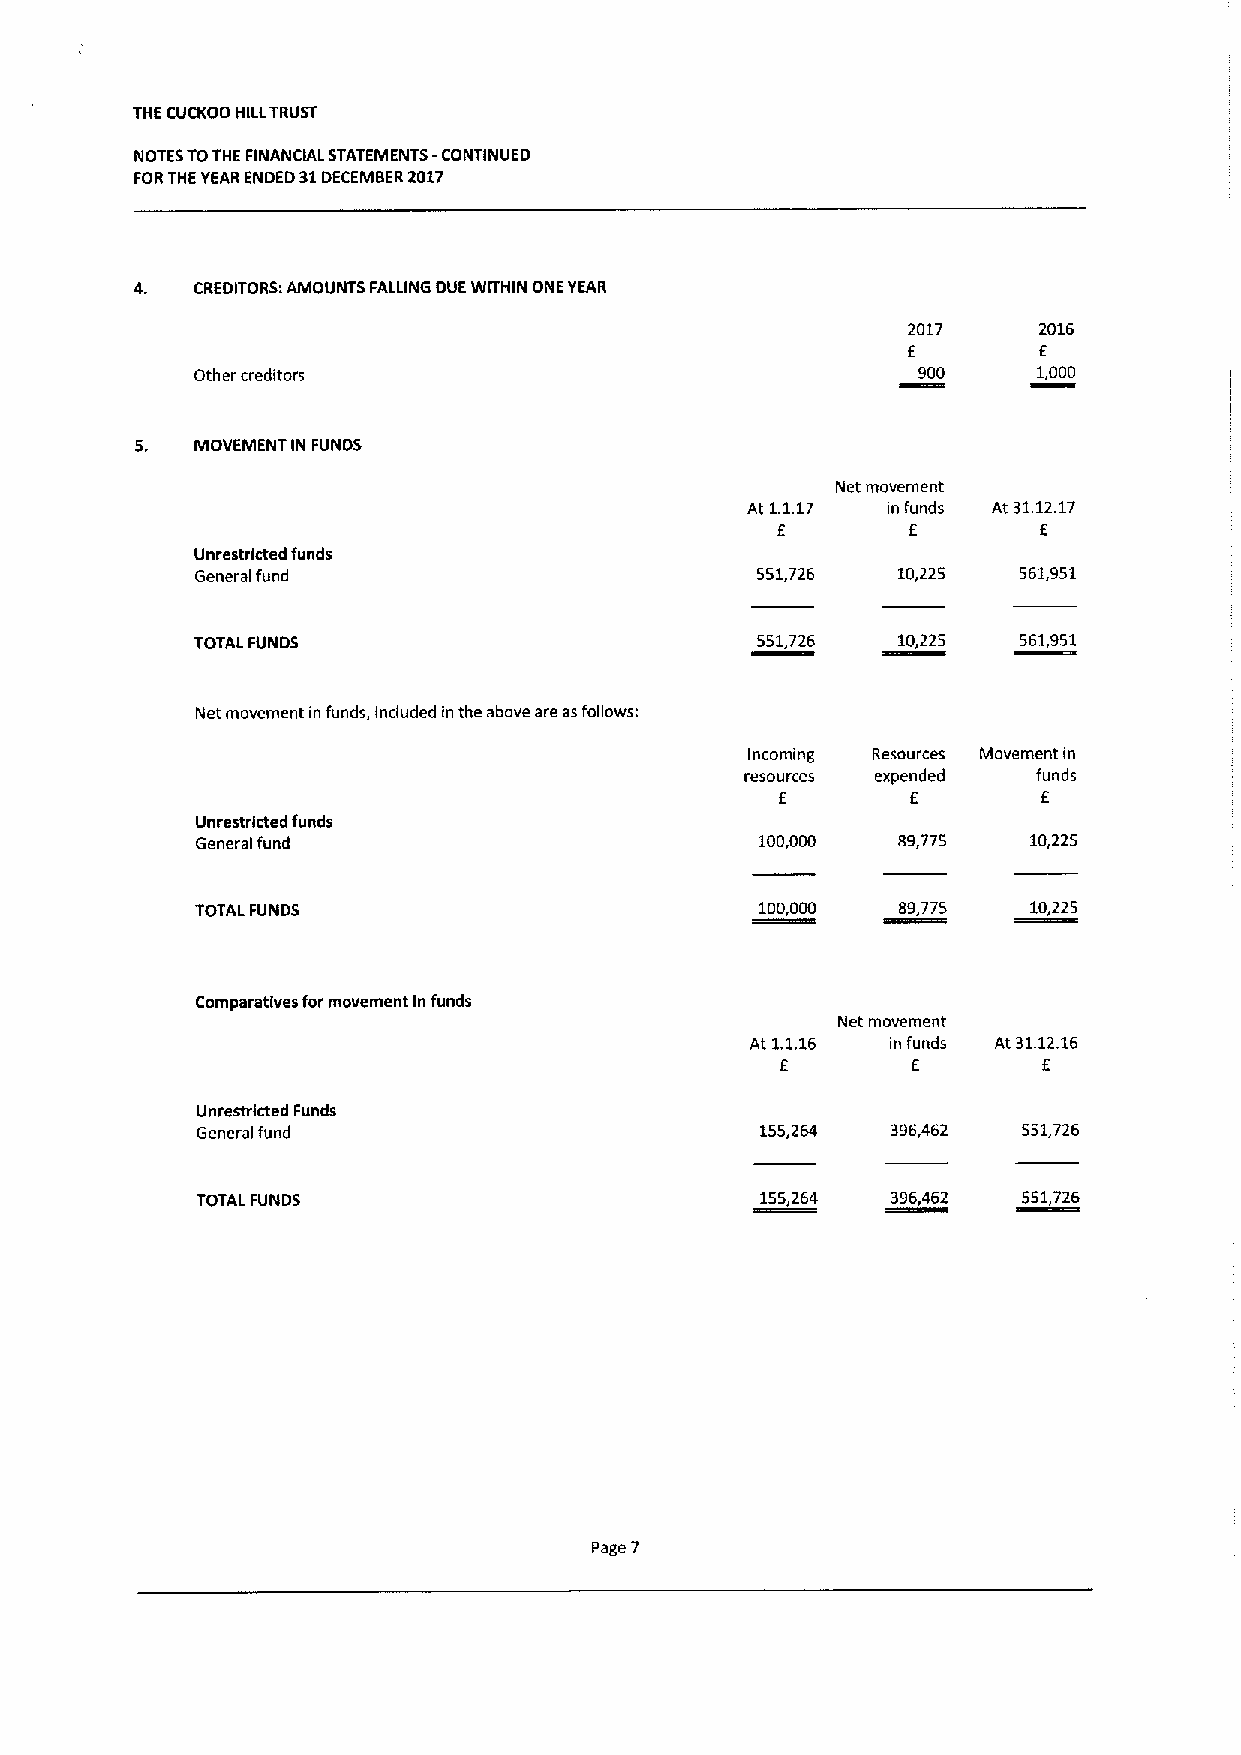
THE CUCKOO HILLTRUST
 NOTESTOTHE FINANCIAL STATEMENTS -CONTINUED
 FORTHEYEARENDED 31DECEMBER2017
 4.  CREDITORS:AMOUNTS FALLING DUE WITHIN ONE YEAR
 2017     2016
 E        E
 Other creditors                                 900     1,000
 5.  MOVEMENT IN FUNDS
 Net movement
 At 1.1.17 m funds At 31.12.17
 E        6        E
 Unrestricted funds
 General fund                         551,726  10,225  561,951
 TOTAL FUNDS                          551,726  10,225  561,951
 Net movement in funds, included in the above are asfollows;
 Incoming Resources Movement in
 resources expended  funds
 E       E        E
 Unrestricted funds
 General fund                         100,000  89,775   10,225
 TOTALFUNDS                           100,000  69,775   10,225
 Comparatlves for movement In funds
 Net movement
 At 1.1.16 in funds At 31.12.16
 6       E        6
 Unrestricted Funds
 General fund                         155,264  396,462  551,726
 TOTALFUNDS                           155,264  396,462  551,726
 Page 7